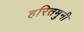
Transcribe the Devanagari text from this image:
हरितमुनी